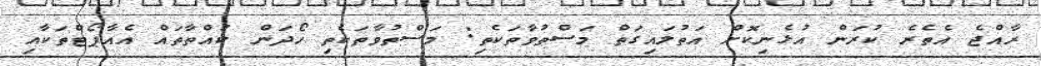
ރާއްޖެ އެތެރެ ކުރަން އުޅެނިކޮށް އަތުލައިގަތް މަސްތުވާތަކެތި: މަސްތުވާތަކެތި ހޯދަން ކުއްތާތައް އެއާޕޯޓްތަކާއި